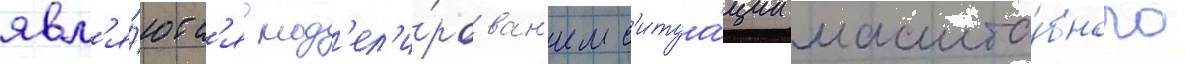
явл'я́ютс'я мод'ел'и́рован'ием с'итуа́ции масшта́бного